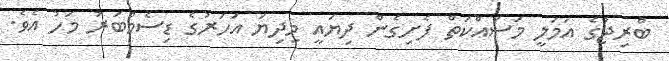
ބްރިޖުގެ އަމަލީ މަސައްކަތް ފެށިގެން ދިޔައީ މިދިޔަ އަހަރުގެ ޑިސެމްބަރު މަހު އެވެ.